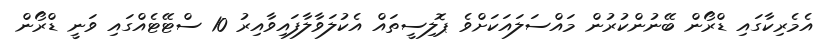
އެމެރިކާގައި ޑްރޯން ބޭނުންކުރުން މައްސަލައަކަށްވެ ޕޮލިސީތައް އެކުލަވާލާފައިވާއިރު 10 ސްޓޭޓެއްގައި ވަނީ ޑްރޯން